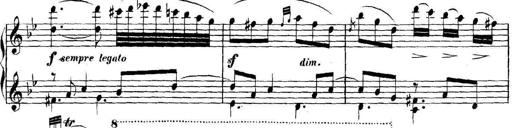
Title: Collected Piano Sonatas
Composer: Muzio Clementi